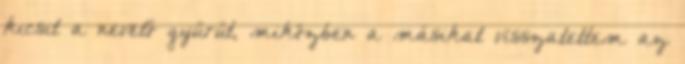
kicsit a nevető gyűrűt, miközben a másikat visszatettem az